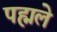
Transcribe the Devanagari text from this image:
पह्मले